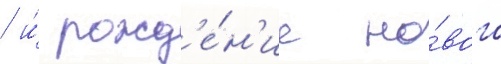
/ и́ рожд'е́н'ие но́вого